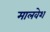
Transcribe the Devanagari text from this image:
मालवेश